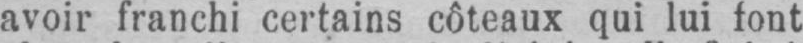
avoir franchi certains côteaux qui lui font